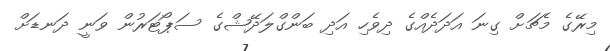
މިރޭގެ މެޗަށް ގިނަ އަދަދެއްގެ ދިވެހި އަދި ބަންގްލަދޭޝްގެ ސަޕޯޓަރުން ވަނީ ދަނޑަށް